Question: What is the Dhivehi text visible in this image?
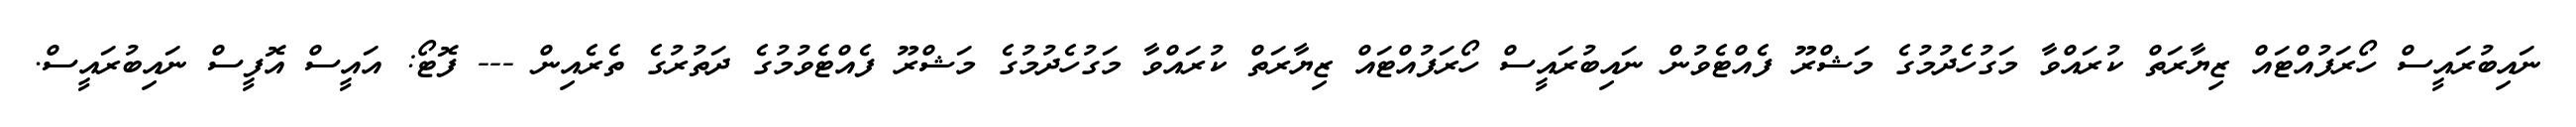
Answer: ނައިބުރައީސް ހޯރަފުއްޓައް ޒިޔާރަތް ކުރައްވާ މަގުހެދުމުގެ މަޝްރޫ ފެއްޓެވުން ނައިބުރައީސް ހޯރަފުއްޓައް ޒިޔާރަތް ކުރައްވާ މަގުހެދުމުގެ މަޝްރޫ ފެއްޓެވުމުގެ ދަތުރުގެ ތެރެއިން --- ފޮޓޯ: އައީސް އޮފީސް ނައިބުރައީސް.